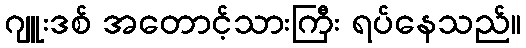
ဂျူးဒစ် အတောင့်သားကြီး ရပ်နေသည်။